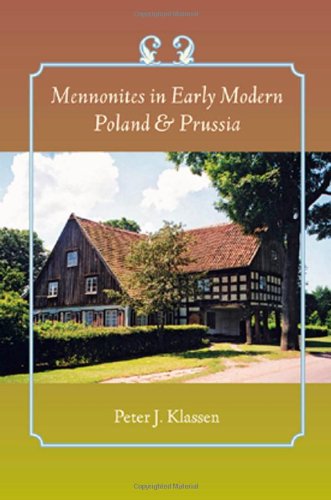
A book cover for Mennonites in Early Modern Poland and Prussia (Young Center Books in Anabaptist and Pietist Studies); Peter J. Klassen; Christian Books & Bibles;